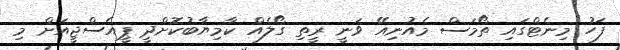
ފަހު މިނެޓްގައި ތޯމަސް މެއުނިއޭ ވަނީ ރީތި ގޯލެއް ކާމިޔާބުކޮށްދީ ޕީއެސްޖީއަށް މި